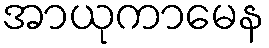
အာယုကာမေန